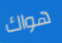
هواك